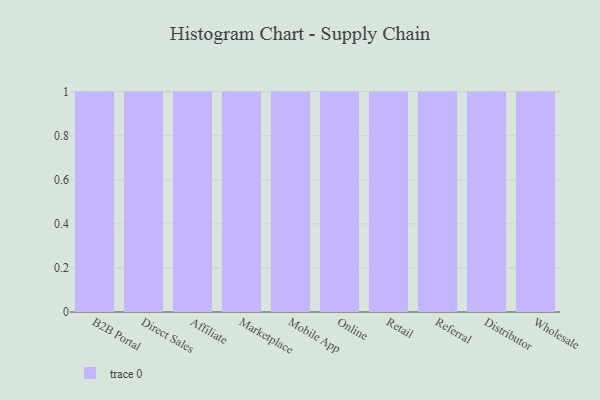
{"axis": {"x": "Channel", "y": "Bounce Rate (%)"}, "legend": [""], "data": [{"x": "B2B Portal", "y": 92, "type": ""}, {"x": "Direct Sales", "y": 77, "type": ""}, {"x": "Affiliate", "y": 16, "type": ""}, {"x": "Marketplace", "y": 22, "type": ""}, {"x": "Mobile App", "y": 88, "type": ""}, {"x": "Online", "y": 2, "type": ""}, {"x": "Retail", "y": 98, "type": ""}, {"x": "Referral", "y": 49, "type": ""}, {"x": "Distributor", "y": 35, "type": ""}, {"x": "Wholesale", "y": 46, "type": ""}]}